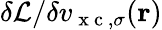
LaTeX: {\delta\mathcal{L}}/{\delta v_{\mathrm{~x~c~},\sigma}(\boldsymbol{\textbf{r}})}